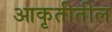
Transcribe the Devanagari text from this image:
आकृतीतील